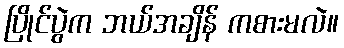
ပြိုင်ပွဲက ဘယ်အချိန် ကစားမလဲ။